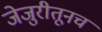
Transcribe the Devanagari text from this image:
जेजुरीतूनच